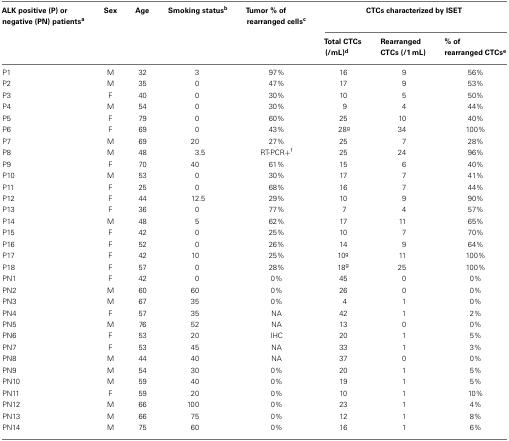
<table><thead><tr><td><b>ALK positive (P) or negative (PN) patients<sup>a</sup></b></td><td><b>Sex</b></td><td><b>Age</b></td><td><b>Smoking status<sup>b</sup></b></td><td><b>Tumor % of rearranged cells<sup>c</sup></b></td><td colspan="3"><b>CTCs characterized by ISET</b></td></tr><tr><td></td><td></td><td></td><td></td><td></td><td><b>Total CTCs (/mL)<sup>d</sup></b></td><td><b>Rearranged CTCs (/1 mL)</b></td><td><b>% of rearranged CTCs<sup>e</sup></b></td></tr></thead><tbody><tr><td>P1</td><td>M</td><td>32</td><td>3</td><td>97%</td><td>16</td><td>9</td><td>56%</td></tr><tr><td>P2</td><td>M</td><td>35</td><td>0</td><td>47%</td><td>17</td><td>9</td><td>53%</td></tr><tr><td>P3</td><td>F</td><td>40</td><td>0</td><td>30%</td><td>10</td><td>5</td><td>50%</td></tr><tr><td>P4</td><td>M</td><td>54</td><td>0</td><td>30%</td><td> 9</td><td>4</td><td>44%</td></tr><tr><td>P5</td><td>F</td><td>79</td><td>0</td><td>60%</td><td>25</td><td>10</td><td>40%</td></tr><tr><td>P6</td><td>F</td><td>69</td><td>0</td><td>43%</td><td>28<sup>g</sup></td><td>34</td><td>100%</td></tr><tr><td>P7</td><td>M</td><td>69</td><td>20</td><td>27%</td><td>25</td><td>7</td><td>28%</td></tr><tr><td>P8</td><td>M</td><td>48</td><td>3.5</td><td>RT-PCR+<sup>f</sup></td><td>25</td><td>24</td><td>96%</td></tr><tr><td>P9</td><td>F</td><td>70</td><td>40</td><td>61%</td><td>15</td><td>6</td><td>40%</td></tr><tr><td>P10</td><td>M</td><td>53</td><td>0</td><td>30%</td><td>17</td><td>7</td><td>41%</td></tr><tr><td>P11</td><td>F</td><td>25</td><td>0</td><td>68%</td><td>16</td><td>7</td><td>44%</td></tr><tr><td>P12</td><td>F</td><td>44</td><td>12.5</td><td>29%</td><td>10</td><td>9</td><td>90%</td></tr><tr><td>P13</td><td>F</td><td>36</td><td>0</td><td>77%</td><td>7</td><td>4</td><td>57%</td></tr><tr><td>P14</td><td>M</td><td>48</td><td>5</td><td>62%</td><td>17</td><td>11</td><td>65%</td></tr><tr><td>P15</td><td>F</td><td>42</td><td>0</td><td>25%</td><td>10</td><td>7</td><td>70%</td></tr><tr><td>P16</td><td>F</td><td>52</td><td>0</td><td>26%</td><td>14</td><td>9</td><td>64%</td></tr><tr><td>P17</td><td>F</td><td>42</td><td>10</td><td>25%</td><td>10<sup>g</sup></td><td>11</td><td>100%</td></tr><tr><td>P18</td><td>F</td><td>57</td><td>0</td><td>28%</td><td>18<sup>g</sup></td><td>25</td><td>100%</td></tr><tr><td>PN1</td><td>F</td><td>42</td><td>0</td><td>0%</td><td>45</td><td>0</td><td>0%</td></tr><tr><td>PN2</td><td>M</td><td>60</td><td>60</td><td>0%</td><td>26</td><td>0</td><td>0%</td></tr><tr><td>PN3</td><td>M</td><td>67</td><td>35</td><td>0%</td><td> 4</td><td>1</td><td>0%</td></tr><tr><td>PN4</td><td>F</td><td>57</td><td>35</td><td>NA</td><td>42</td><td>1</td><td>2%</td></tr><tr><td>PN5</td><td>M</td><td>76</td><td>52</td><td>NA</td><td>13</td><td>0</td><td>0%</td></tr><tr><td>PN6</td><td>F</td><td>53</td><td>20</td><td>IHC</td><td>20</td><td>1</td><td>5%</td></tr><tr><td>PN7</td><td>F</td><td>53</td><td>45</td><td>NA</td><td>33</td><td>1</td><td>3%</td></tr><tr><td>PN8</td><td>M</td><td>44</td><td>40</td><td>NA</td><td>37</td><td>0</td><td>0%</td></tr><tr><td>PN9</td><td>M</td><td>54</td><td>30</td><td>0%</td><td>20</td><td>1</td><td>5%</td></tr><tr><td>PN10</td><td>M</td><td>59</td><td>40</td><td>0%</td><td>19</td><td>1</td><td>5%</td></tr><tr><td>PN11</td><td>F</td><td>59</td><td>20</td><td>0%</td><td>10</td><td>1</td><td>10%</td></tr><tr><td>PN12</td><td>M</td><td>66</td><td>100</td><td>0%</td><td>23</td><td>1</td><td>4%</td></tr><tr><td>PN13</td><td>M</td><td>66</td><td>75</td><td>0%</td><td>12</td><td>1</td><td>8%</td></tr><tr><td>PN14</td><td>M</td><td>75</td><td>60</td><td>0%</td><td>16</td><td>1</td><td>6%</td></tr></tbody></table>